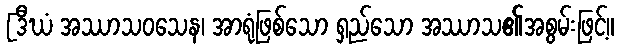
[ဒီဃံ အဿာသဝသေန၊ အာရုံဖြစ်သော ရှည်သော အဿာသ၏အစွမ်းဖြင့်။